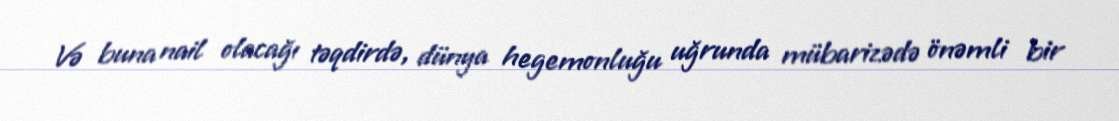
Və buna nail olacağı təqdirdə, dünya hegemonluğu uğrunda mübarizədə önəmli bir